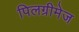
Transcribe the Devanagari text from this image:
पिलग्रीमेज